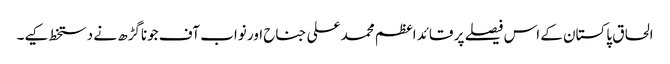
الحاق پاکستان کے اس فیصلے پر قائد اعظم محمد علی جناح اور نواب آف جوناگڑھ نے دستخط کیے۔